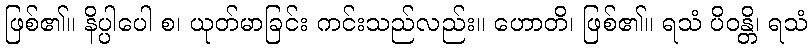
ဖြစ်၏။ နိပ္ပါပေါ စ၊ ယုတ်မာခြင်း ကင်းသည်လည်း။ ဟောတိ၊ ဖြစ်၏။ ရသံ ပိဝန္တိ၊ ရသံ